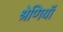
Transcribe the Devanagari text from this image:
श्रेणियॉं